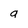
Character: a